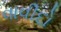
વાવીદો